Lunatic asylums in Bengal annual reports 1912-1924 - 1912-1924
Year: 1912
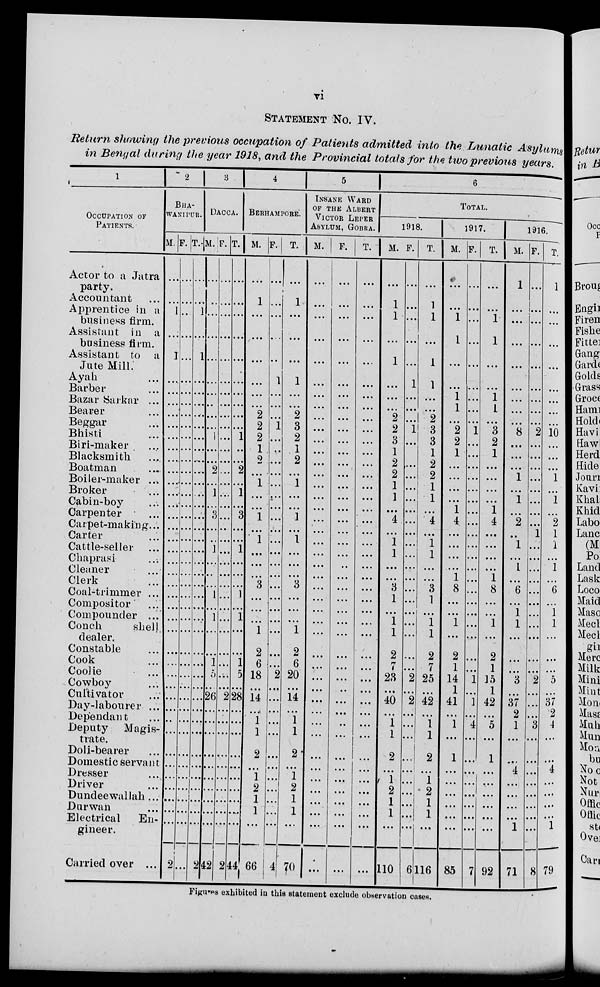
vi
STATEMENT NO. IV.
Return showing the previous occupation of Patients admitted into the Lunatic Asylums
in Bengal during the year 1918, and the Provincial totals for the two previous years.
1
OCCUPATION OF
PATIENTS.
Actor to a Jatra
party.
Accountant ...
Apprentice in a
business firm.
Assistant in a
business firm.
Assistant to a
Jute Mill.
Ayah ...
Barber ...
Bazar Sarkar ...
Bearer ...
Begger ...
Bhisti...
Biri - maker ...
Blacksmith ...
Boatman ...
Boiler-maker ...
Broker ...
Cabin-boy ...
Carpenter...
Carpet-making...
Carter...
Cattle-seller...
Chaprasi ...
Cleaner ...
Clerk ...
Coal-trimmer ...
Compositor ...
Compounder ...
Conch
shell
dealer.
Constable ...
Cook ...
Coolie ...
Cowboy ...
Cultivator ...
Day-labourer ..
Dependant ...
Deputy Magis-
trate.
Doli-bearer ...
Domestic servant
Dresser ...
Driver ...
Dundeewallah ...
Durwan ...
Electrical En-
gineer.
Carried over ...
2
BHA-
WANIPUR.
M.
...
...
1
...
I
...
...
...
...
...
...
...
...
...
...
...
...
...
...
...
...
...
...
...
...
...
...
...
...
...
...
...
...
...
...
...
...
...
...
...
...
...
...
2
F.
...
...
...
...
...
...
...
...
...
...
...
...
...
...
...
...
...
...
...
...
...
...
...
...
...
...
...
...
...
...
...
...
...
...
...
...
...
...
...
...
...
...
...
...
T.
...
...
1
...
1
...
...
...
...
...
...
...
...
...
...
...
...
...
...
...
...
...
...
...
...
...
...
...
...
...
...
...
...
...
...
...
...
...
...
...
...
...
...
2
3
DACCA.
M.
...
...
...
...
...
...
...
...
...
...
1
...
...
2
...
1
...
3
...
...
1
...
...
...
...
...
...
...
...
1
5
...
26
...
...
...
...
...
...
...
...
...
...
42
F.
...
...
...
...
...
...
...
...
...
...
...
...
...
...
...
...
...
...
...
...
...
...
...
...
...
...
...
...
...
...
...
...
2
...
...
...
...
...
...
...
...
...
...
2
T.
...
...
...
...
...
...
...
...
...
...
1
...
...
2
...
1
...
3
...
...
1
...
...
...
...
...
...
...
...
1
5
...
28
...
...
...
...
...
...
...
...
...
...
44
4
BERHAMPORE
M.
...
1
...
...
...
...
...
...
2
2
2
1
2
...
1
...
...
1
...
1
...
...
...
3
...
...
...
...
...
6
18
...
14
...
1
1
2
...
1
2
1
1
...
66
F.
...
...
...
...
...
1
...
...
...
1
...
...
...
...
...
...
...
...
...
...
...
...
...
...
...
...
...
...
...
...
2
...
...
...
...
...
...
...
...
...
...
...
...
4
T.
...
1
...
...
...
1
...
...
2
3
2
1
2
...
1
...
...
1
...
1
...
...
...
3
...
...
...
1
2
6
20
14
...
1
1
2
...
1
2
1
1
...
70
5
INSANE WARD
OF THE ALBERT
VICTOR LEPER
ASYLUM, GOBRA.
M.
...
...
...
...
...
...
...
...
...
...
...
...
...
...
...
...
...
...
...
...
...
...
...
...
...
...
...
...
...
...
...
...
...
...
...
...
...
...
...
...
...
...
...
...
F.
...
...
...
...
...
...
...
...
...
...
...
...
...
...
...
...
...
...
...
...
...
...
...
...
...
...
...
...
...
...
...
...
...
...
...
...
...
...
...
...
...
...
...
...
T.
...
...
...
...
...
...
...
...
...
...
...
...
...
...
...
.. .
...
...
...
...
...
...
...
...
...
...
...
...
...
...
...
...
...
...
...
...
...
...
...
...
...
...
...
...
6
TOTAL.
1918.
M.
.. .
1
1
...
1
...
...
...
2
2
3
1
2
2
1
1
...
4
...
1
1
...
...
3
1
...
1
1
2
7
23
...
40
...
1
1
2
...
1
2
1
1
. ..
110
F.
...
...
...
...
...
1
...
...
...
1
....
...
...
...
...
...
...
...
...
...
...
...
...
...
...
...
...
...
...
...
2
...
2
...
...
...
...
...
...
...
...
...
...
6
T.
...
1
1
...
1
1
...
...
2
3
3
1
2
2
1
1
...
4
...
1
1
...
...
3
1
...
1
1
2
7
25
. . .
42
...
1
1
2
...
1
2
1
1
...
116
1917.
M.
...
...
1
1
...
...
1
1
...
2
2
1
...
...
...
...
1
4
...
...
...
...
1
8
...
...
1
.. .
2
1
14
1
41
...
1
...
1
...
...
...
...
...
...
85
F.
...
...
...
...
...
...
...
...
...
1
...
...
...
...
...
...
...
...
...
...
...
...
...
...
...
.. .
...
...
...
...
1
...
1
...
4
...
...
...
...
...
...
...
...
7
T.
...
...
1
1
...
...
1
1
...
3
2
1
...
...
...
...
1
4
...
...
...
...
1
8
...
...
1
...
2
1
15
1
42
...
5
...
1
...
...
...
...
...
...
92
1916.
M.
1
...
...
...
...
...
...
...
...
8
...
...
...
1
...
1
...
2
...
1
...
1
...
6
...
1
1
...
...
...
3
...
37
2
1
...
...
4
...
...
...
...
1
71
F.
...
...
...
...
...
...
...
...
...
2
...
...
...
...
...
...
...
...
1
...
...
...
...
...
...
...
...
...
...
...
2
...
...
...
3
...
...
...
...
...
...
...
...
8
T.
1
...
...
...
...
...
...
...
...
10
...
...
...
1
...
1
...
2
1
1
...
1
...
6
...
1
1
...
...
...
5
...
37
2
4
...
...
4
...
...
...
...
1
79
Figures exhibited in this statement exclude observation cases.